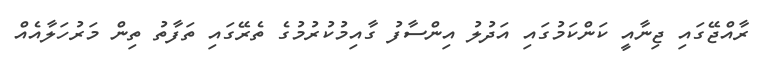
ރާއްޖޭގައި ޖިނާއީ ކަންކަމުގައި އަދުލު އިންސާފު ގާއިމުކުރުމުގެ ތެރޭގައި ތަފާތު ތިން މަރުހަލާއެއް